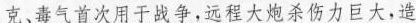
克、毒气首次用于战争，远程大炮杀伤力巨大，造